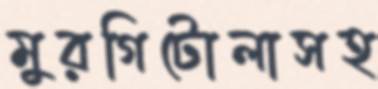
মুরগিটোলাসহ